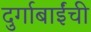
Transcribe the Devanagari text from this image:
दुर्गाबाईंची